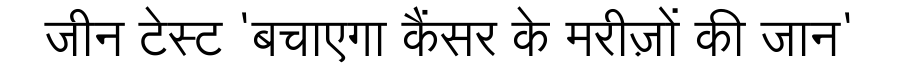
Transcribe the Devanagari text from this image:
जीन टेस्ट 'बचाएगा कैंसर के मरीज़ों की जान'